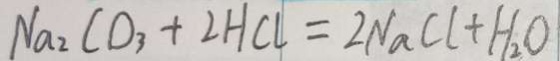
N a _ { 2 } C O _ { 3 } + 2 H C l = 2 N a C l + H _ { 2 } O